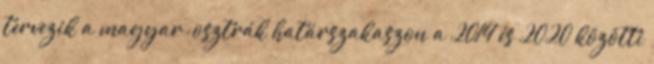
tervezik a magyar-osztrák határszakaszon a 2014 és 2020 közötti